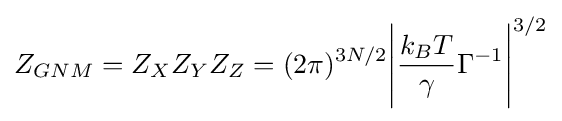
Z_{GNM}={Z_{X}}{Z_{Y}}{Z_{Z}}={(2\pi )^{3N/2}{\Biggl |}{{\frac {k_{B}T}{\gamma }}{\Gamma ^{-1}}}{\Biggr |}}^{3/2}